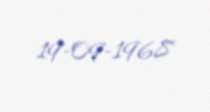
19-09-1968